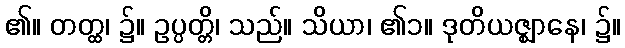
၏။ တတ္ထ၊ ၌။ ဥပ္ပတ္တိ၊ သည်။ သိယာ၊ ၏၁။ ဒုတိယဇ္ဈာနေ၊ ၌။